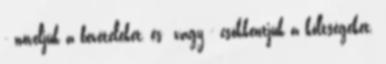
- növeljük a bevételeket, és vagy - csökkentjük a költségeket.